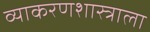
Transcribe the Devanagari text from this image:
व्याकरणशास्त्राला